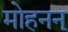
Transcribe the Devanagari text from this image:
मोहनन्